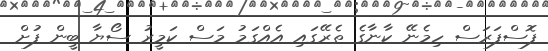
ފޮސްފަރަސް ހިމެނޭ ކާނާގެ ތެރޭގައި އެއްގަމު މަސް ކަމީރު ސޯޔާ ބީން ފުށް